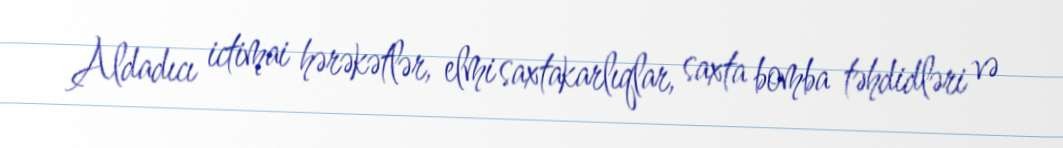
Aldadıcı ictimai hərəkətlər, elmi saxtakarlıqlar, saxta bomba təhdidləri və